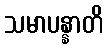
သမာပန္နာတိ